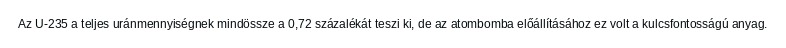
Az U-235 a teljes uránmennyiségnek mindössze a 0,72 százalékát teszi ki, de az atombomba előállításához ez volt a kulcsfontosságú anyag.